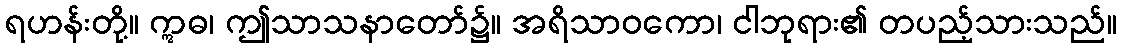
ရဟန်းတို့။ ဣဓ၊ ဤသာသနာတော်၌။ အရိသာဝကော၊ ငါဘုရား၏ တပည့်သားသည်။